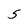
Character: 5